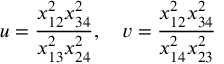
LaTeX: u = \frac { x _ { 1 2 } ^ { 2 } x _ { 3 4 } ^ { 2 } } { x _ { 1 3 } ^ { 2 } x _ { 2 4 } ^ { 2 } } , \quad v = \frac { x _ { 1 2 } ^ { 2 } x _ { 3 4 } ^ { 2 } } { x _ { 1 4 } ^ { 2 } x _ { 2 3 } ^ { 2 } }